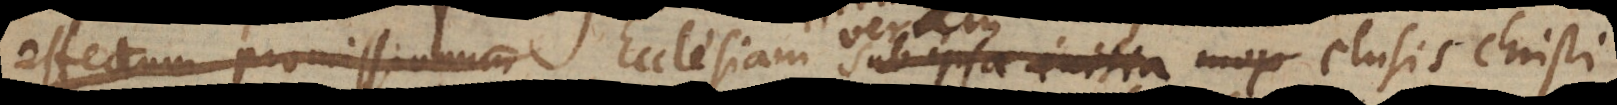
effectum promissionum Ecclesiam sub ipsa initia mox non obstantibu